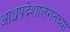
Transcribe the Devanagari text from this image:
आंध्रप्रदेशालगतच्या